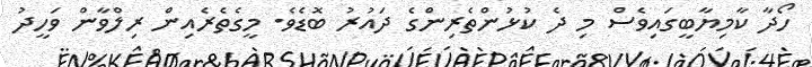
ހޯދާ ކާމިޔާބީގައިވެސް މި ދެ ކުޅުންތެރިންގެ ދައުރު ބޮޑެވެ. މީގެތެރެއިން ރިލްވާން ވަހީދު